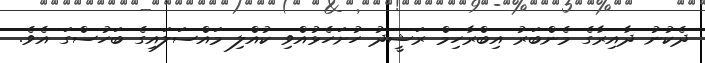
ދެކުނު ދާއިރާގެ މެންބަރު އިބްރާހިމް ރަޝީދު ހުށަހެޅުއްވި ކުއްލި މައްސަލައިގެ ބަހުސްގަ އެވެ.